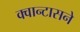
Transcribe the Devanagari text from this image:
क्वान्टासने